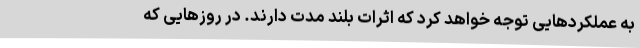
به عملکردهایی توجه خواهد کرد که اثرات بلند مدت دارند. در روزهایی که